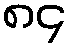
၈၄